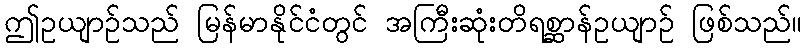
ဤဥယျာဉ်သည် မြန်မာနိုင်ငံတွင် အကြီးဆုံးတိရစ္ဆာန်ဥယျာဉ် ဖြစ်သည်။